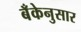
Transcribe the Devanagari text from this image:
बँकेनुसार